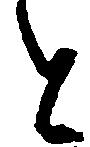
と